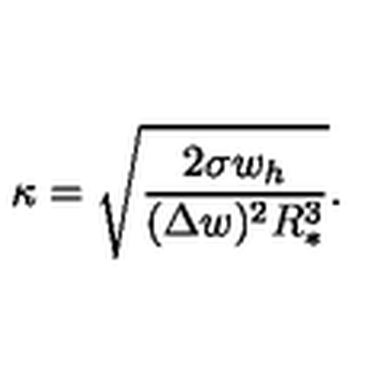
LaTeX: \kappa = \sqrt { \frac { 2 \sigma w _ { h } } { ( \Delta w ) ^ { 2 } R _ { * } ^ { 3 } } } .